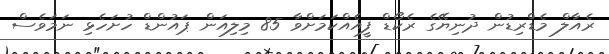
ރެއާލް މެޑްރިޑުން ދުނިޔޭގެ ރެކޯޑް ފީއެއްކަމަށްވާ 85 މިލިއަން ޕައުންޑް ހުށަހެޅި ނަމަވެސް